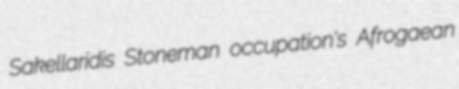
Sakellaridis Stoneman occupation's Afrogaean